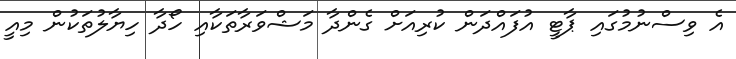
އެ ވިސްނުމުގައި ޕާޓީ އުފައްދަން ކުރިއަށް ގެންދާ މަޝްވަރާތަކާއި ހޯދާ ހިޔާލުތަކުން މިއީ